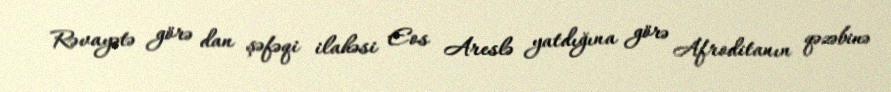
Rəvayətə görə dan şəfəqi ilahəsi Eos Areslə yatdığına görə Afroditanın qəzəbinə